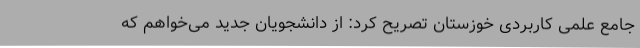
جامع علمی کاربردی خوزستان تصریح کرد: از دانشجویان جدید می‌خواهم که